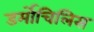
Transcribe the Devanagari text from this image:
डर्मोचिलिस